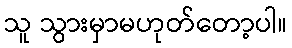
သူ သွားမှာမဟုတ်တော့ပါ။